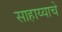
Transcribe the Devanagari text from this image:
साहाय्याचे